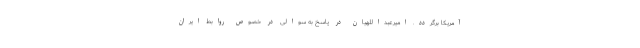
آمریکا برگردد. امیرعبداللهیان در پاسخ به سوالی در خصوص روابط ایران